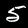
Label: 5